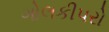
ગોલકીપરો